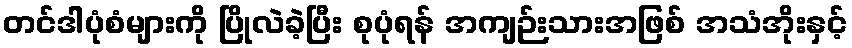
တင်ဒါပုံစံများကို ပြိုလဲခဲ့ပြီး စုပုံရန် အကျဉ်းသားအဖြစ် အသံအိုးနှင့်